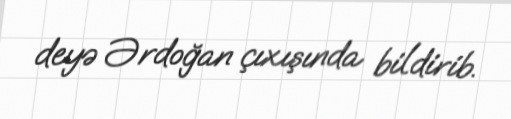
deyə Ərdoğan çıxışında bildirib.